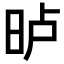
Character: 𣆐